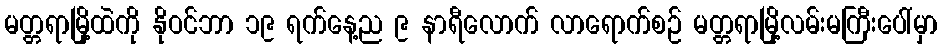
မတ္တရာမြို့ထဲကို နိုဝင်ဘာ ၁၉ ရက်နေ့ည ၉ နာရီလောက် လာရောက်စဉ် မတ္တရာမြို့လမ်းမကြီးပေါ်မှာ